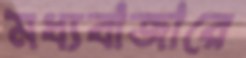
মধ্যবাজারে